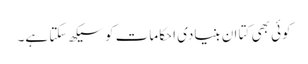
کوئی بھی کتا ان بنیادی احکامات کو سیکھ سکتا ہے۔